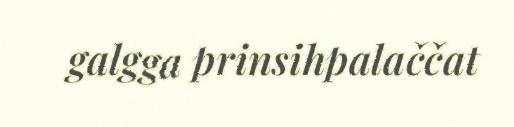
galgga prinsihpalaččat